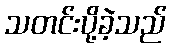
သတင်းပို့ခဲ့သည်